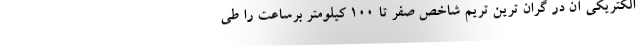
الکتریکی آن در گران ترین تریم شاخص صفر تا 100 کیلومتر برساعت را طی